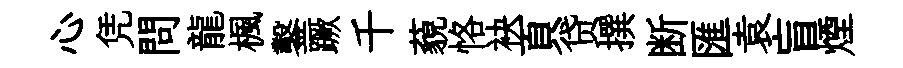
心凭問龍楓鑿蹶千藐恪袂頁贷撰断匯袁盲煙